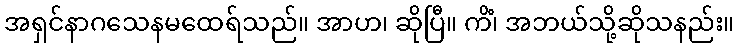
အရှင်နာဂသေနမထေရ်သည်။ အာဟ၊ ဆိုပြီ။ ကိံ၊ အဘယ်သို့ဆိုသနည်း။